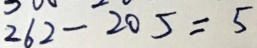
2 6 2 - 2 0 5 = 5